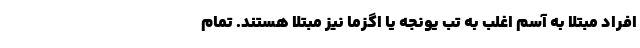
افراد مبتلا به آسم اغلب به تب یونجه یا اگزما نیز مبتلا هستند. تمام